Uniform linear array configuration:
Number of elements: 24
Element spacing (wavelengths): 1
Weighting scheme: kaiser
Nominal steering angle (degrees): -60
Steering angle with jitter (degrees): -61.604
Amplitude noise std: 0.05
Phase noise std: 0.05

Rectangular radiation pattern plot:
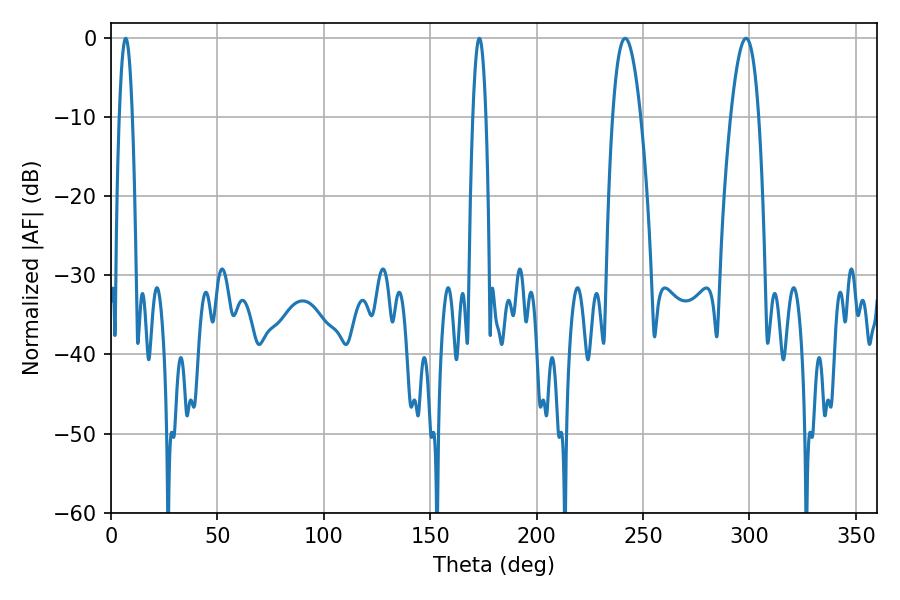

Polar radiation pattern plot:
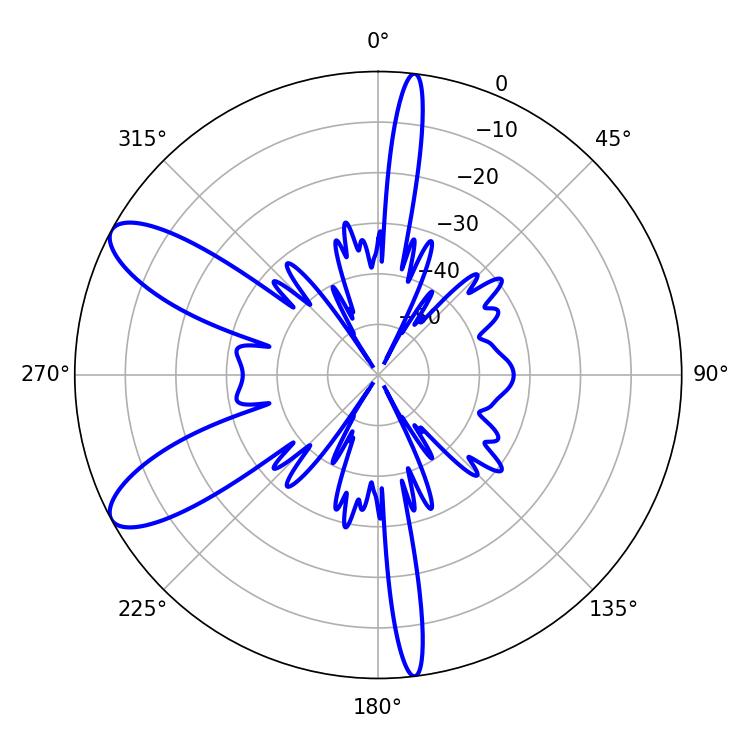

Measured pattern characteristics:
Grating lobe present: TRUE
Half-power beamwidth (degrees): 7.2
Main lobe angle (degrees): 241.56